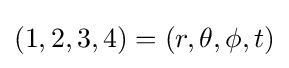
(1,2,3,4)=(r,\theta ,\phi ,t)